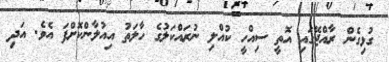
ގުޅިގެން ރާއްޖޭގައި އޮތީ ސިއްހީ ކުއްލި ނުރައްކަލުގެ ހާލަތު އިއުލާންކޮށްފަ އެވެ. އަދި